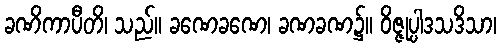
ခဏိကာပီတိ၊ သည်။ ခဏေခဏေ၊ ခဏခဏ၌။ ဝိဇ္ဇုပ္ပါဒသဒိသာ၊